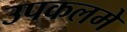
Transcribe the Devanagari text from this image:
उपकलमे